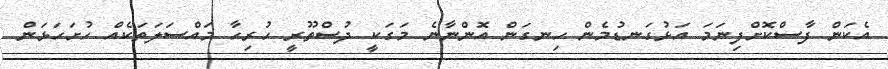
އެކަން ފާސްކޮށްފިނަމަ އަޅުގަނޑުމެން ހިނގަން އޮންނާނެ މަގަކީ ދުސްތޫރީ ހުރިހާ މައްސަލަތަކެއް ހުށަހަޅަން